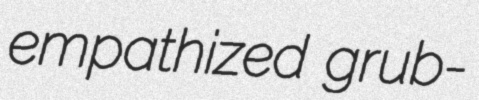
empathized grub-